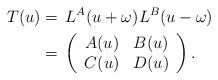
LaTeX: \begin{align*}T(u)&= \,L^{A}(u+\omega)L^{B}(u-\omega)\\&=\,\left( \begin{array}{cc}A(u) & B(u)\\ C(u) & D(u)\end{array}\right).\end{align*}